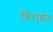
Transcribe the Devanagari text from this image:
चिराईत